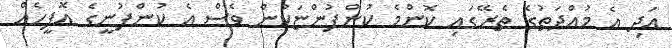
އަދި އެ މުއްދަތުގެ ތެރޭގައި ކޮންމެ ކުންފުންޏަކުން ވެސް އެ ކުންފުނީގެ އޮފީހެއް